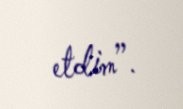
etdim”.